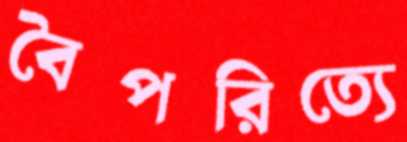
বৈপরিত্যে